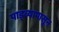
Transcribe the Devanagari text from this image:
पाड्व्यापासून